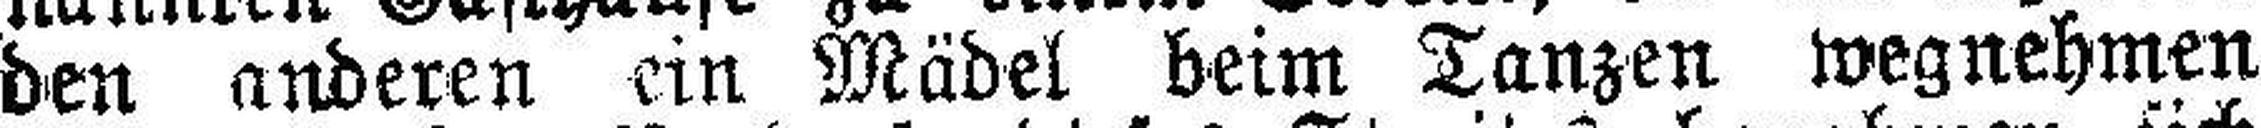
den anderen ein Mädel beim Tanzen wegnehmen